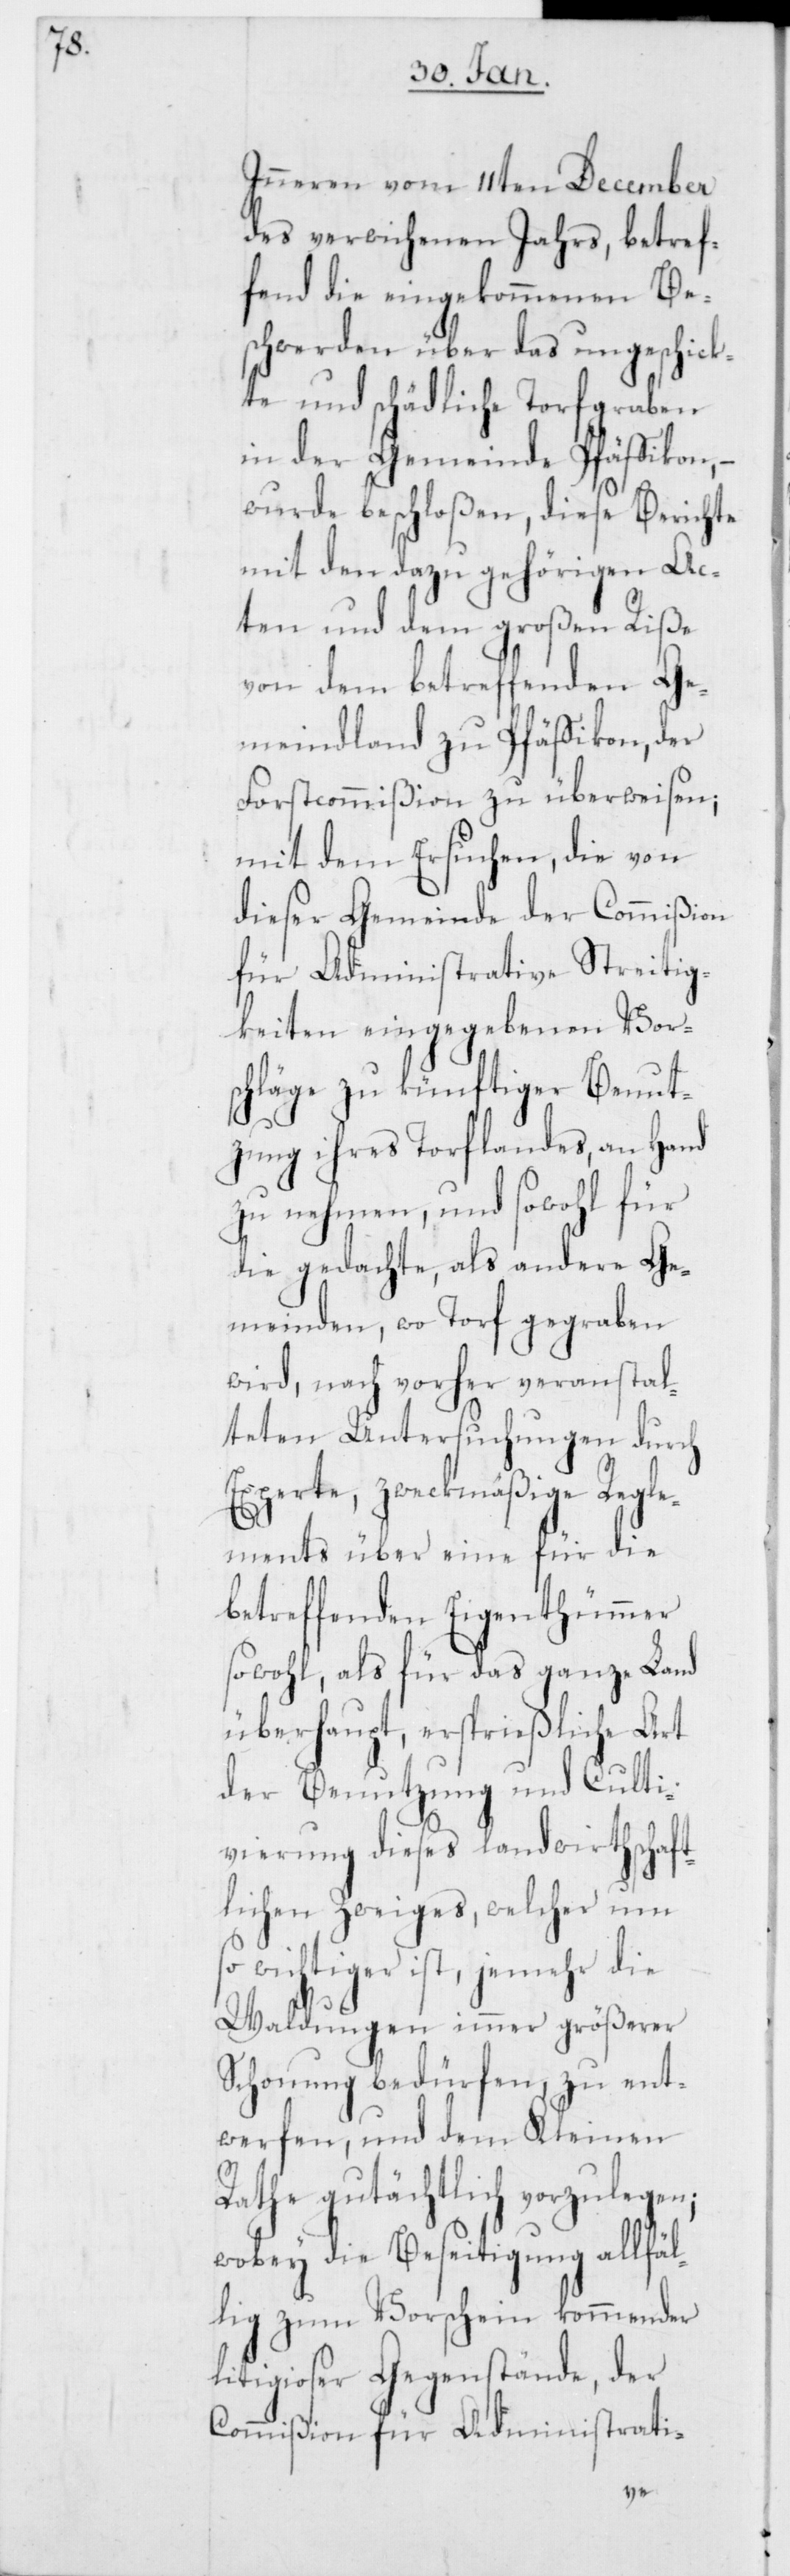
Inneren vom 11ten December
des verwichenen Jahrs, betref¬
fend die eingekommenen Be¬
schwerden über das ungeschickt¬
e und schädliche Torfgraben
in der Gemeinde Pfäffikon, –
wurde beschloßen, diese Berichte
mit den dazu gehörigen Ac¬
ten und dem großen Riße
von dem betreffenden Ge¬
meindland zu Pfäffikon, der
Forstcommißion zu überweisen;
mit dem Ersuchen, die von
dieser Gemeinde der Commißion
für Administrative Streitig¬
keiten eingegebenen Vor¬
schläge zu künftiger Benut¬
zung ihres Torflandes, an Hand
zu nehmen, und sowohl für
die gedachte, als andere Ge¬
meinden, wo Torf gegraben
wird, nach vorher veranstal¬
teten Untersuchungen durch
Experten, zweckmäßige Regle¬
ments über eine für die
betreffenden Eigenthümmer
sowohl, als für das ganze Land
überhaupt, ersprießliche Art
der Benutzung und Culti¬
vierung dieses landwirthschaft¬
lichen Zweiges, welcher um
wichtiger ist, jemehr die
Waldungen immer größerer
Schonung bedürfen, zu ent¬
werfen, und dem Kleinen
Rathe gutächtlich vorzulegen;
wobey die Beseitigung allfäl¬
lig zum Vorschein kommender
litigioser Gegenstände, der
Commißion für Administrati-